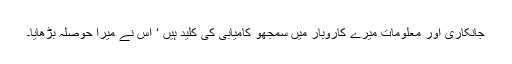
جانکاری اور معلومات میرے کاروبار میں سمجھو کامیابی کی کلید ہیں ‘ اس نے میرا حوصلہ بڑھایا۔